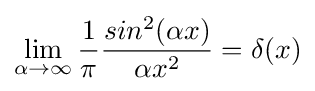
\lim _{\alpha \rightarrow \infty }{\frac {1}{\pi }}{\frac {sin^{2}(\alpha x)}{\alpha x^{2}}}=\delta (x)